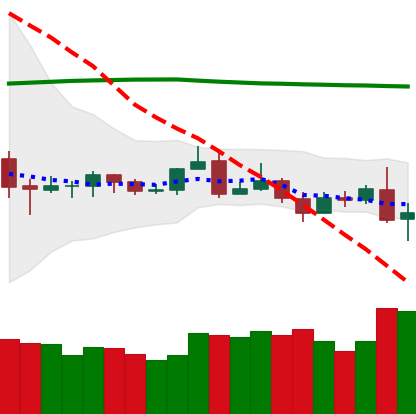
Ticker: ETC-USD
Chart end date: 2019-08-15
Forward return: 6.326%
Label: up_5_7